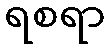
ရစရာ